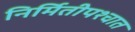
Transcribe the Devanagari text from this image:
निर्मितीपश्चात